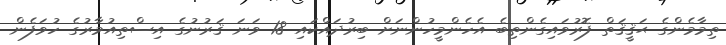
ތިމާމެންގެ ޙަޤީޤަތް ފޮރުވައިގެންތިބެ އެހެންމީހުންނަށް ބިރުދައްކައި 18 ވަނަ ޤަރުނުގެ އިސްތިއުމާރުގެ ހުވަފެން